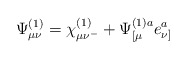
\begin{align*}\Psi_{\mu\nu}^{(1)}= \chi_{\mu\nu^-}^{(1)}+\Psi^{(1)a}_{[\mu} e^a_{\nu]}\end{align*}